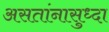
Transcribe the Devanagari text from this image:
असतांनासुध्दा